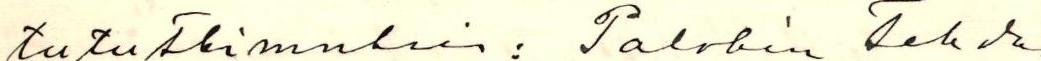
tututkimuksen: Palokin tehdas-